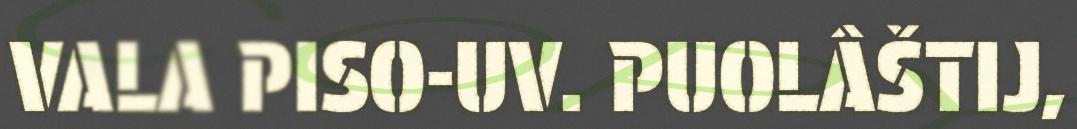
VALA PISO-UV. PUOLÂŠTIJ,